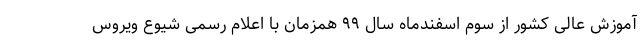
آموزش عالی کشور از سوم اسفندماه سال ۹۹ همزمان با اعلام رسمی شیوع ویروس